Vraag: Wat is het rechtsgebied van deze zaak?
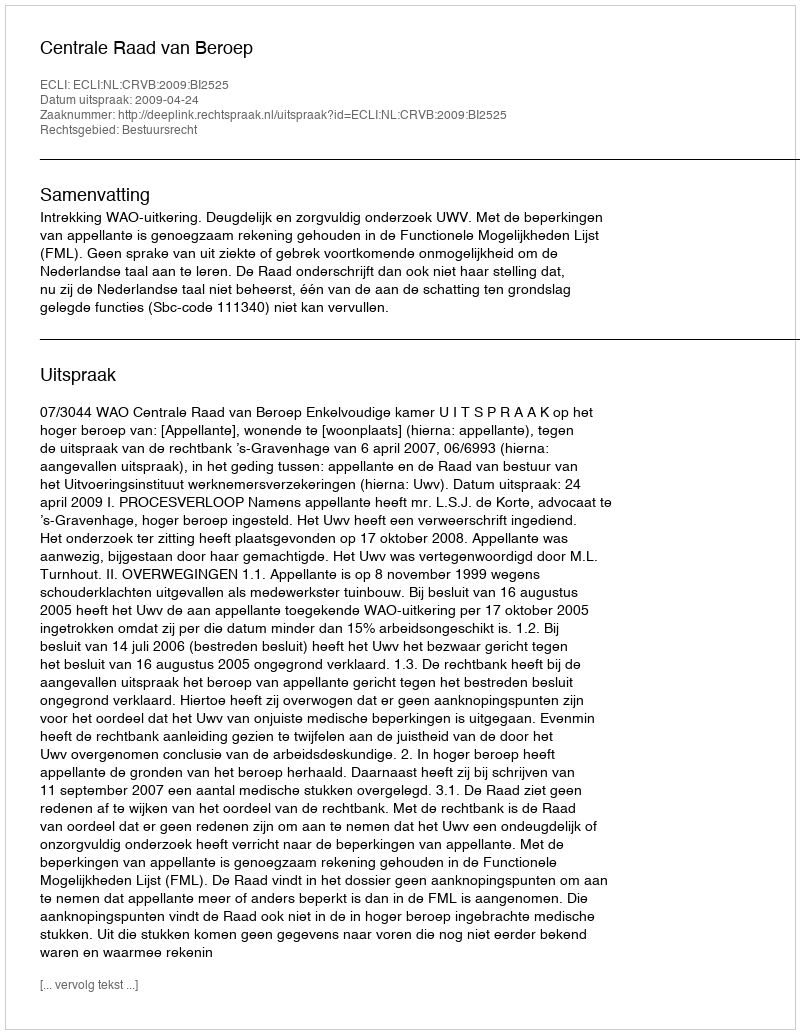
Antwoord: Bestuursrecht